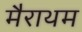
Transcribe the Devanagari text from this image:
मैराथम